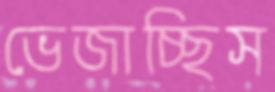
ভেজাচ্ছিস